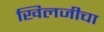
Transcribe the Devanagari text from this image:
खिलजीचा